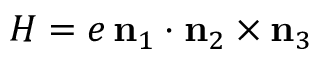
H = e \, \mathbf n _ { 1 } \cdot \mathbf n _ { 2 } \times \mathbf n _ { 3 }